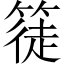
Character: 𥱰